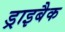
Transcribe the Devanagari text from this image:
ड्राइबैक